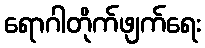
ရောဂါတိုက်ဖျက်ရေး